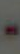
-